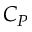
C _ { P }